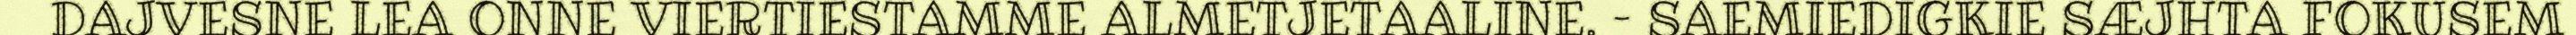
DAJVESNE LEA ONNE VIERTIESTAMME ALMETJETAALINE. – SAEMIEDIGKIE SÆJHTA FOKUSEM